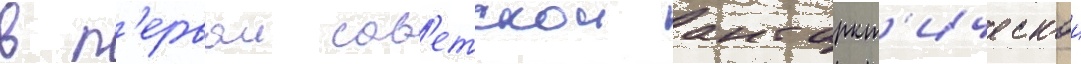
в п'ервои сов'етскои антаркт'ическои